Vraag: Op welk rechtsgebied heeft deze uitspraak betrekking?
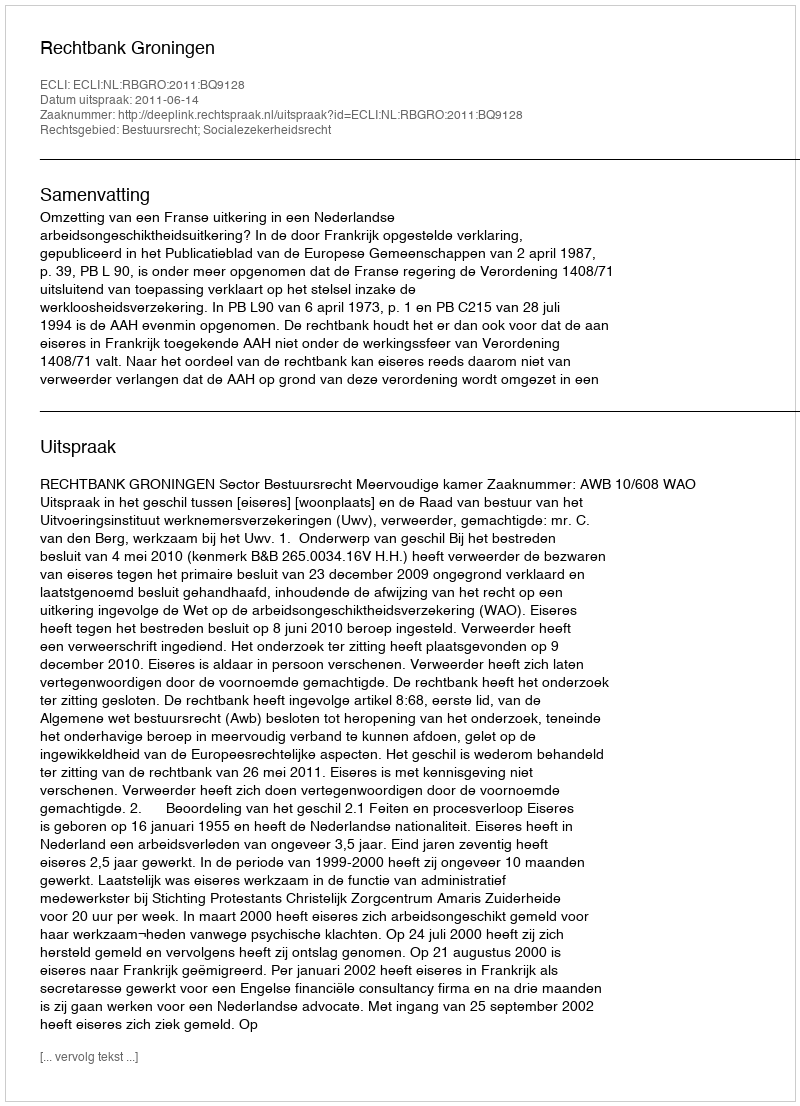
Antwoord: Bestuursrecht; Socialezekerheidsrecht